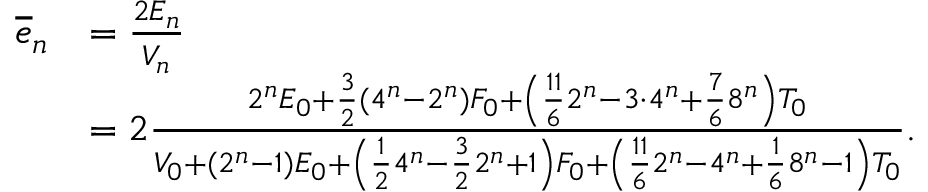
\begin{array} { r l } { \overline { { e } } _ { n } } & { = \frac { 2 E _ { n } } { V _ { n } } } \\ & { = 2 \frac { 2 ^ { n } E _ { 0 } + \frac { 3 } { 2 } ( 4 ^ { n } - 2 ^ { n } ) F _ { 0 } + \left( \frac { 1 1 } { 6 } 2 ^ { n } - 3 \cdot 4 ^ { n } + \frac { 7 } { 6 } 8 ^ { n } \right) T _ { 0 } } { V _ { 0 } + ( 2 ^ { n } - 1 ) E _ { 0 } + \left( \frac { 1 } { 2 } 4 ^ { n } - \frac { 3 } { 2 } 2 ^ { n } + 1 \right) F _ { 0 } + \left( \frac { 1 1 } { 6 } 2 ^ { n } - 4 ^ { n } + \frac { 1 } { 6 } 8 ^ { n } - 1 \right) T _ { 0 } } . } \end{array}